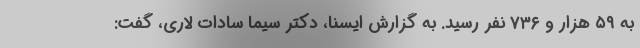
به ۵۹ هزار و ۷۳۶ نفر رسید. به گزارش ایسنا، دکتر سیما سادات لاری، گفت: